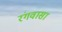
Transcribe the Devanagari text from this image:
रंगवासा